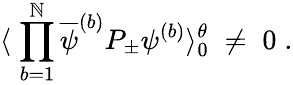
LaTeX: \langle\; \prod_{b=1}^{\mathbb{N}}\overline{{{{\psi}}}}^{(b)}P_{\pm}\psi^{(b)}\rangle_{0}^{\theta}\; \neq\; 0\; .